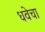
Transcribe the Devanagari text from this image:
धवेचा